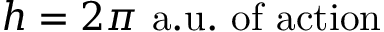
h = 2 \pi { \mathrm { ~ a . u . ~ o f ~ a c t i o n } }